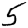
Digit: 5